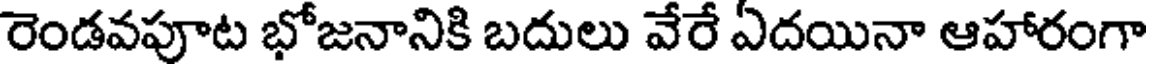
రెండవపూట భోజనానికి బదులు వేరే ఏదయినా ఆహారంగా